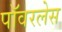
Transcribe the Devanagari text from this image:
पॉवरलेस